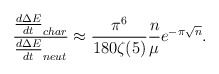
\begin{align*}\frac{\frac{d\Delta E}{dt}_{char}}{ \frac{d\Delta E}{dt}_{neut}} \approx \frac{\pi^6}{180 \zeta(5)}\frac{n}{\mu} e^{-\pi \sqrt{n}}. \end{align*}